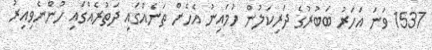
1537 ވަނަ އަހަރު ބަބުރުގެ ދަރިކަލުން ހުމައިނު އެހެން ތަނެއްގައި ދަތުރެއްގައި ހުންނެވިއިރު